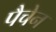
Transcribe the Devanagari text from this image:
पैचेन